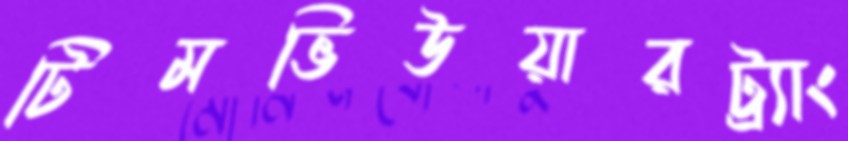
টিমভিউয়ারট্র্যাং